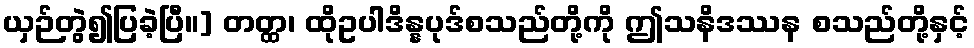
ယှဉ်တွဲ၍ပြခဲ့ပြီ။] တတ္ထ၊ ထိုဥပါဒိန္နပုဒ်စသည်တို့ကို ဤသနိဒဿန စသည်တို့နှင့်